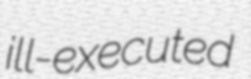
ill-executed